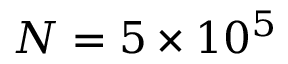
N = 5 \times 1 0 ^ { 5 }